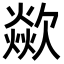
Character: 歘